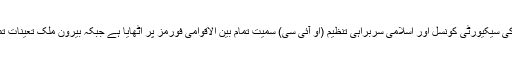
انہوں نے کہا کہ حکومت پاکستان نے اس مسئلے کو اقوام متحدہ کی سیکیورٹی کونسل اور اسلامی سربراہی تنظیم (او آئی سی) سمیت تمام بین الاقوامی فورمز پر اٹھایا ہے جبکہ بیرون ملک تعینات تمام سفراء بھی اس معاملے کو بین الاقوامی سطح پر اٹھا رہے ہیں۔